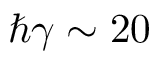
\hbar \gamma \sim 2 0